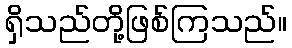
ရှိသည်တို့ဖြစ်ကြသည်။